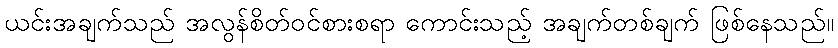
ယင်းအချက်သည် အလွန်စိတ်ဝင်စားစရာ ကောင်းသည့် အချက်တစ်ချက် ဖြစ်နေသည်။